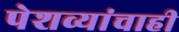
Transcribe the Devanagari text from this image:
पेशव्यांचाही